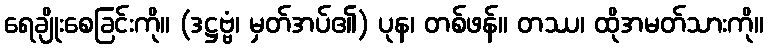
ရေချိုးစေခြင်းကို။ (ဒဋ္ဌဗ္ဗံ၊ မှတ်အပ်၏) ပုန၊ တစ်ဖန်။ တဿ၊ ထိုအမတ်သားကို။